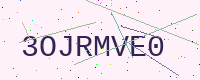
Text: 3OJRMVE0